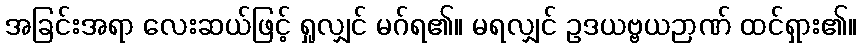
အခြင်းအရာ လေးဆယ်ဖြင့် ရှုလျှင် မဂ်ရ၏။ မရလျှင် ဥဒယဗ္ဗယဉာဏ် ထင်ရှား၏။